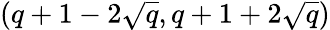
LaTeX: (q+1-2{\sqrt{q}},q+1+2{\sqrt{q}})